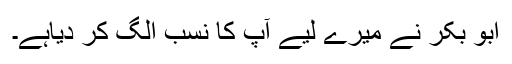
ابو بکر نے میرے لیے آپ کا نسب الگ کر دیاہے۔